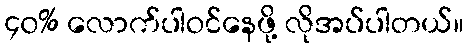
၄၀% လောက်ပါဝင်နေဖို့ လိုအပ်ပါတယ်။